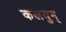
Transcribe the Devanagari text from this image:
कलयुम्